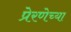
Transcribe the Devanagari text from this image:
प्रेरणेच्या